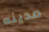
مدينه